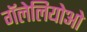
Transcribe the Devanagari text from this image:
गॅलेलियोओ